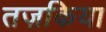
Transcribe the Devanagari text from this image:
तज़किया